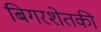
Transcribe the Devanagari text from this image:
बिगरशेतकी